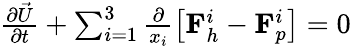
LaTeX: \begin{array}{r}{\frac{\partial\vec{U}}{\partial t}+\sum_{i=1}^{3}\frac{\partial}{x_{i}}\left[\mathbf{F}_{h}^{i}-\mathbf{F}_{p}^{i}\right]=0}\end{array}